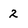
Character: 2